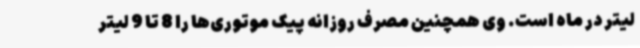
لیتر در ماه است. وی همچنین مصرف روزانه پیک موتوری‌ها را 8 تا 9 لیتر